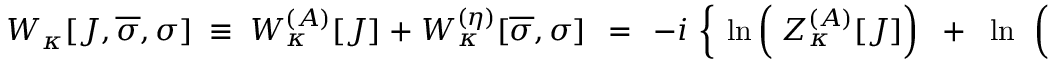
W _ { \kappa } [ { \cal J } , \overline { { { \sigma } } } , \sigma ] \; \equiv \; W _ { \kappa } ^ { ( { \cal A } ) } [ { \cal J } ] \; + \; W _ { \kappa } ^ { ( \eta ) } [ \overline { { { \sigma } } } , \sigma ] \; \, = \; \, - i \, \left\{ \frac { } { } \ln \left( \frac { } { } Z _ { \kappa } ^ { ( { \cal A } ) } [ { \cal J } ] \right) \; \; + \; \; \ln \; \, \left( \frac { } { } Z _ { \kappa } ^ { ( \eta ) } [ \overline { { { \sigma } } } , \sigma ] \right) \right\} \; .